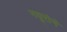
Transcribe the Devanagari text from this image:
नयूरोने